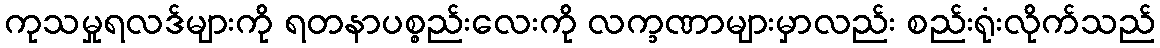
ကုသမှုရလဒ်များကို ရတနာပစ္စည်းလေးကို လက္ခဏာများမှာလည်း စည်းရုံးလိုက်သည်